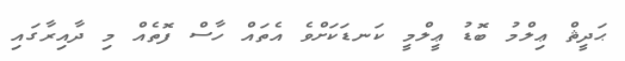
ޙަދީޘް ޢިލްމު ބޮޑު ޢީލްމީ ކަނޑަކަށްވެ އެތައް ހާސް ފޮތެއް މި ދާއިރާގައި